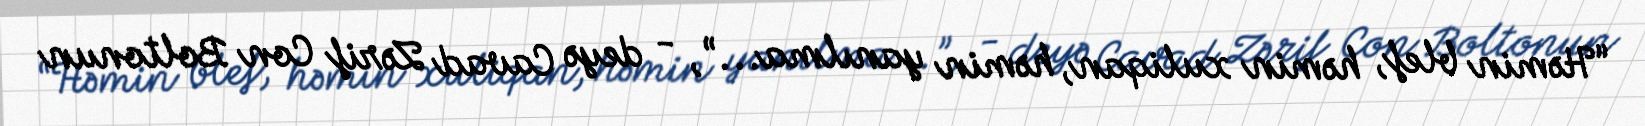
“Həmin blef, həmin xuliqan, həmin yanılma...”, - deyə Cavad Zərif Con Boltonun